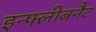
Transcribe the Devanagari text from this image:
इन्फ्लीबनैट